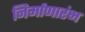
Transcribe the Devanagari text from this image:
निर्माणारंभ